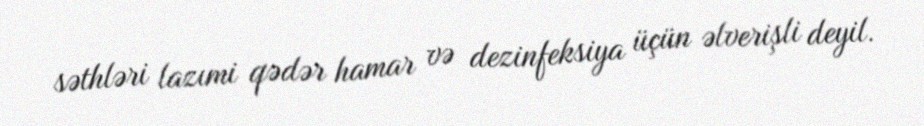
səthləri lazımi qədər hamar və dezinfeksiya üçün əlverişli deyil.